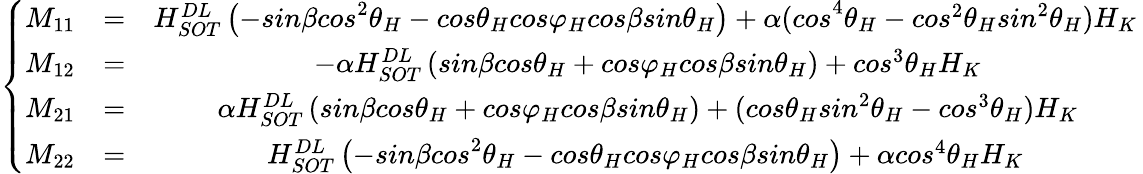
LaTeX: \left\{ \begin{array}{ccc}{M_{{11}}}&{{=}}&{H_{SOT}^{DL}\left(-{sin\beta cos}^{2}{\theta}_{H}-cos{\theta}_{H}cos{\varphi}_{H}cos\beta sin{\theta}_{H}\right)+{\alpha(cos}^{4}{\theta}_{H}-{cos}^{2}{\theta}_{H}{sin}^{2}{\theta}_{H})H_{K{\ }}}\\ {M_{{12}}}&{{=}}&{-\alpha H_{SOT}^{DL}\left(sin\beta cos{\theta}_{H}+cos{\varphi}_{H}cos\beta sin{\theta}_{H}\right)+{cos}^{3}{\theta}_{H}H_{K}}\\ {M_{{21}}}&{{=}}&{\alpha H_{SOT}^{DL}\left(sin\beta cos{\theta}_{H}+cos{\varphi}_{H}cos\beta sin{\theta}_{H}\right)+(cos{\theta}_{H}{sin}^{2}{\theta}_{H}-{cos}^{3}{\theta}_{H})H_{K}}\\ {M_{{22}}}&{{=}}&{H_{SOT}^{DL}\left(-{sin\beta cos}^{2}{\theta}_{H}-cos{\theta}_{H}cos{\varphi}_{H}cos\beta sin{\theta}_{H}\right)+{\alpha cos}^{4}{\theta}_{H}H_{K{\ }}}\end{array}\right.